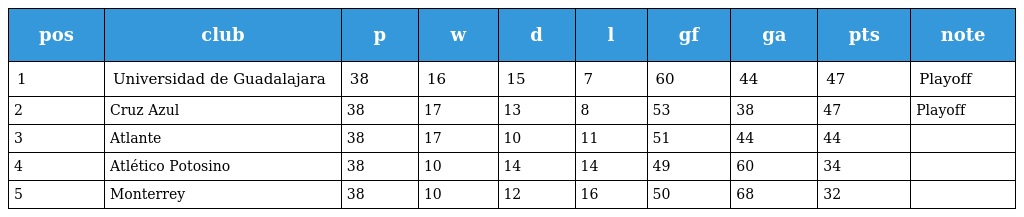
| pos | club | p | w | d | l | gf | ga | pts | note |
 | --- | --- | --- | --- | --- | --- | --- | --- | --- | --- |
 | 1 | Universidad de Guadalajara | 38 | 16 | 15 | 7 | 60 | 44 | 47 | Playoff |
 | 2 | Cruz Azul | 38 | 17 | 13 | 8 | 53 | 38 | 47 | Playoff |
 | 3 | Atlante | 38 | 17 | 10 | 11 | 51 | 44 | 44 |  |
 | 4 | Atlético Potosino | 38 | 10 | 14 | 14 | 49 | 60 | 34 |  |
 | 5 | Monterrey | 38 | 10 | 12 | 16 | 50 | 68 | 32 |  |